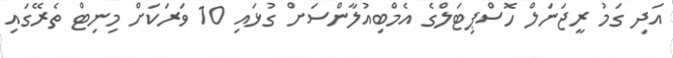
އަދި ގަމު ރީޖަނަލް ހޮސްޕިޓަލްގެ އެމްބިއުލާންސަށް ގުޅައި 10 ވަރަކަށް މިނިޓް ތެރޭގައި